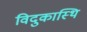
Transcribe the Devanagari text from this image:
विदुकास्थि